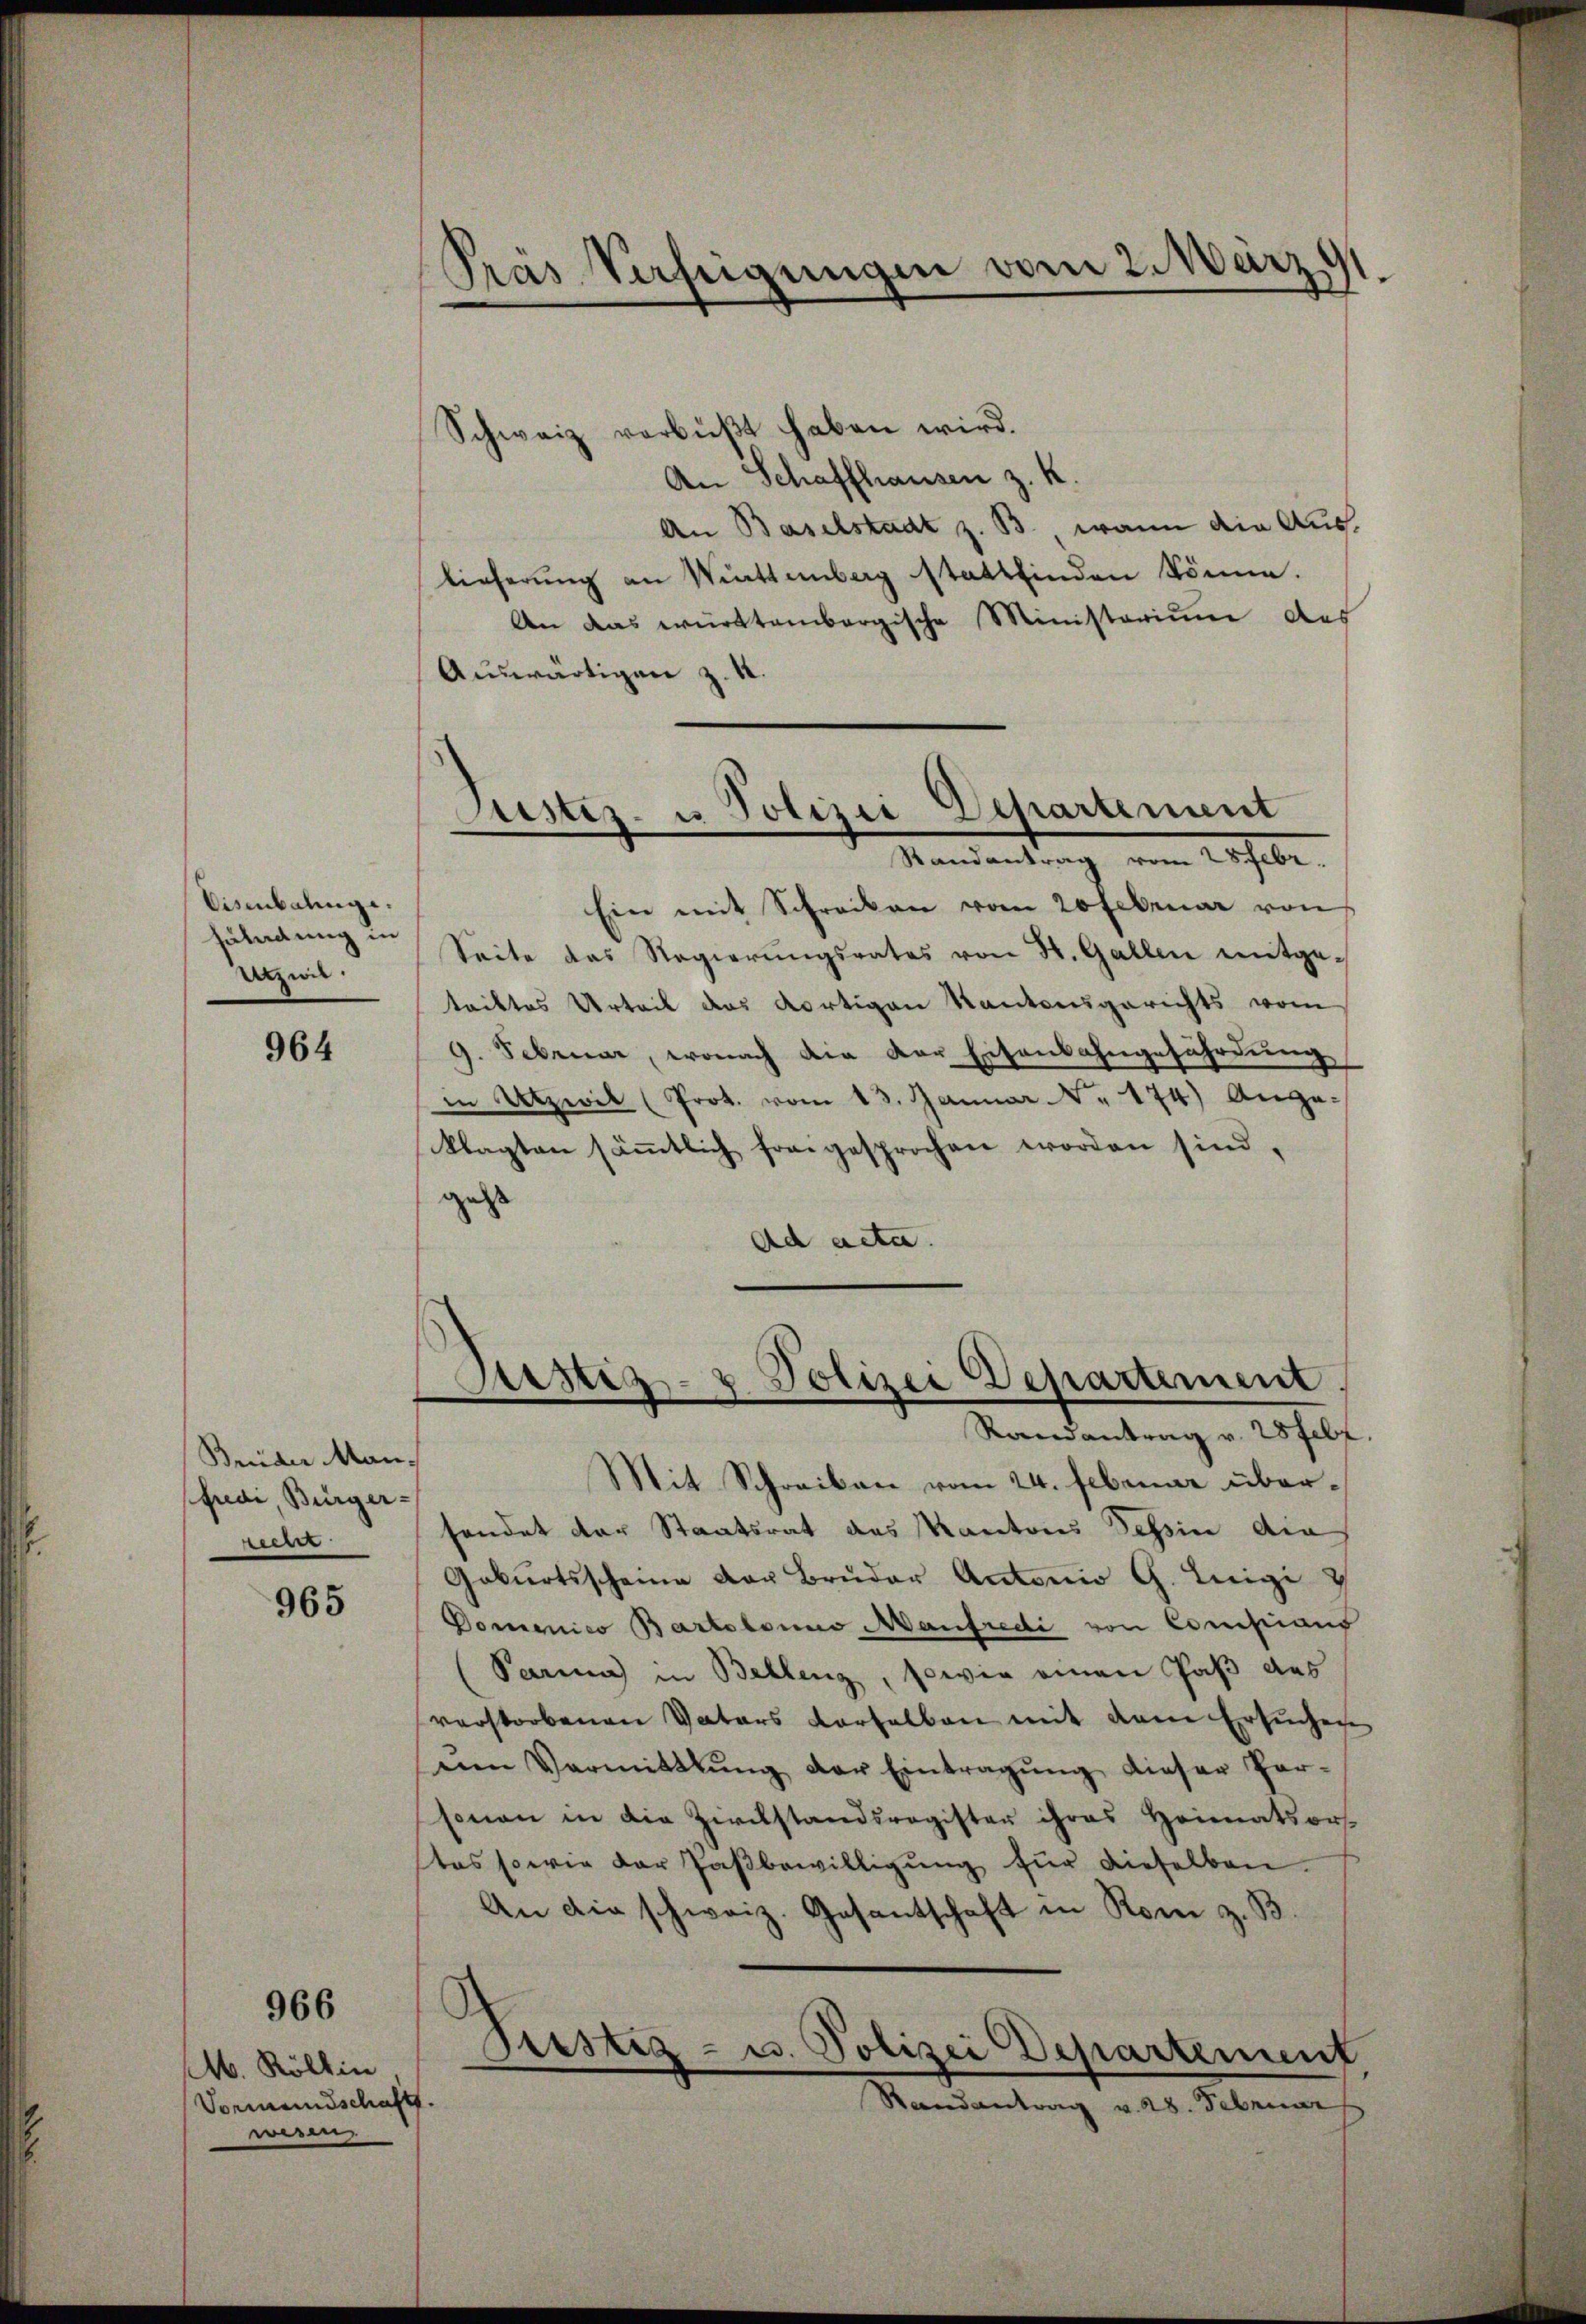
Eisenbahnge.
Füladung in
Utzwil.

964

Brüder Manfuai, Bürger-
rien

965

966

M. Röllin
Vormannschaft.
wesen

Pras Verfeigungen vom 2. März
x

Schweiz verbüßt haben wird.
An Schaffhausen z. K.
An Baselstadt z. B., wann die Auslieferung an Wattenberg stattfinden könne.
An das württembergische Ministerium des
Auswärtigen z. 4.
Ein mit Schrecken vom 20 Februar von
Seite das Regierŭngsrates von H. Gallen mitgetriktes Urteil das dortigen Kantonsgerichts vom
9. Februar, wonach die der Eisenbahngefährdung
in Utzwil (Prot. vom 13. Januar No. 174) Ange-
klagten säṁtlich forgesprochen worden sind,
gest
Ad acta.

Justiz- u Polizei Departement
Randantrag vom 28 Febr.

Polizei Departement,
Justis
e
Randantrag v. 28 febr.

Mit Schreiben vom 24. Februar übersendet der Staatsrat des Kantons Tessin die
Geburtsscheine der Bruder Antonio G. Luigi
Domenico Bartolomuo Manfredi von Comistianf
Parma in Bellenz, sowie einen Paß das
verstorbenen Vaters vorhalben mit dem Ersuchene
am Vormittlung der Eintragŭng dieser Per-
sonen in die Zirckstandsregister ihres Heimatsors-
tas sowie der Jaβbewilligŭng für dieselben.
An die schweiz. Gesantschaft in Rom z. B

Pustiz- u. Polizei Departement
Randantrag v. 28. Februar